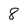
Character: 8